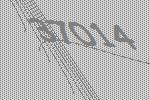
37014